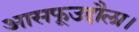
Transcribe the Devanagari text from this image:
आसफूउद्दौला।